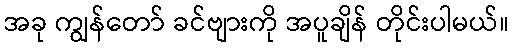
အခု ကျွန်တော် ခင်ဗျားကို အပူချိန် တိုင်းပါမယ်။